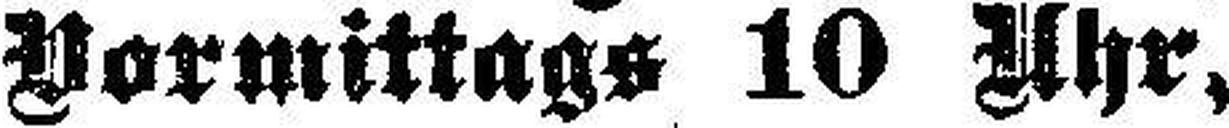
Vormittags 10 Uhr,